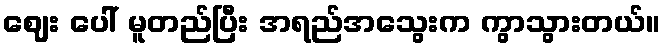
ဈေး ပေါ် မူတည်ပြီး အရည်အသွေးက ကွာသွားတယ်။